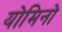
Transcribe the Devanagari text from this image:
योमिनो